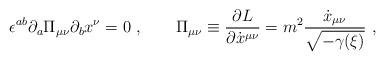
LaTeX: \begin{align*}\epsilon^{ab}\partial_a \Pi_{\mu\nu}\partial_b x^\nu=0\ ,\qquad\Pi_{\mu\nu}\equiv {\partial L\over\partial\dot x^{\mu\nu}}=m^2{\dot x_{\mu\nu}\over\sqrt{-\gamma({\xi})}}\ ,\end{align*}